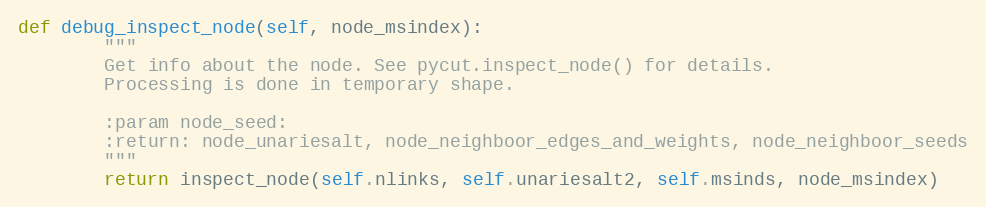
Language: Python
def debug_inspect_node(self, node_msindex):
        """
        Get info about the node. See pycut.inspect_node() for details.
        Processing is done in temporary shape.

        :param node_seed:
        :return: node_unariesalt, node_neighboor_edges_and_weights, node_neighboor_seeds
        """
        return inspect_node(self.nlinks, self.unariesalt2, self.msinds, node_msindex)